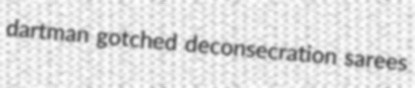
dartman gotched deconsecration sarees